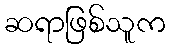
ဆရာဖြစ်သူက